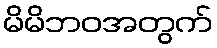
မိမိဘဝအတွက်